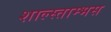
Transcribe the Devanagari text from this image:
शाल्स्ताम्भस